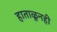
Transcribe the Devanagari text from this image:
हाताळूनही